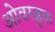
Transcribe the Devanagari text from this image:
ओवरब्रूक